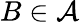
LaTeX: B\in{\mathcal{A}}